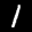
Label: 1